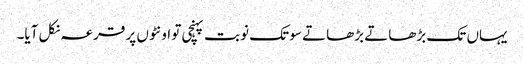
یہاں تک بڑھاتے بڑھاتے سو تک نوبت پہنچی تو اونٹوں پر قرعہ نکل آیا۔